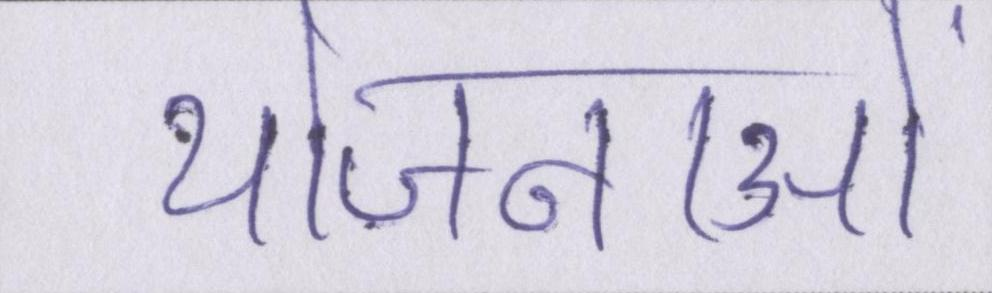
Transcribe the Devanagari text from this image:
योजनाओं